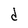
Character: d